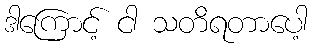
ဒါကြောင့် ငါ သတိရတာပေါ့